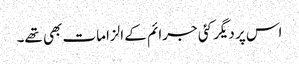
اس پر دیگر کئی جرائم کے الزامات بھی تھے۔